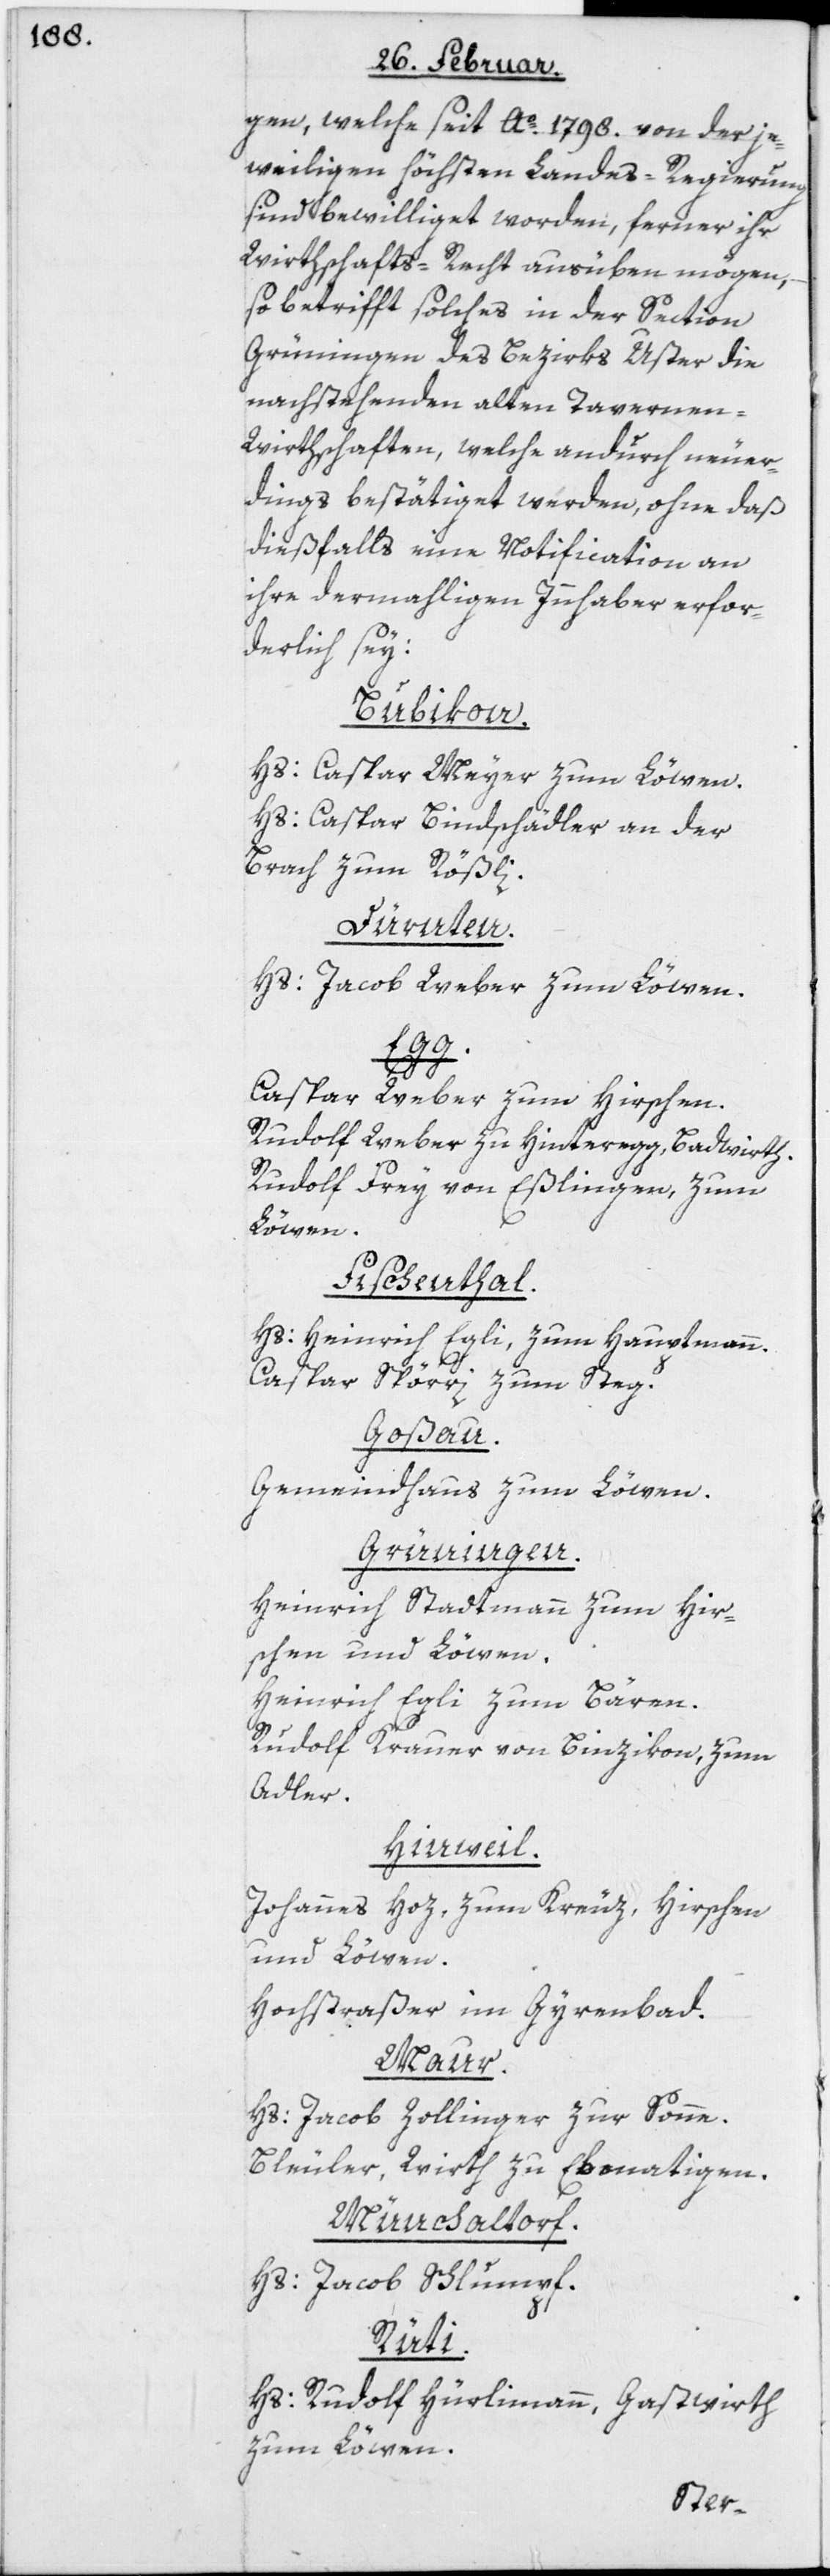
en, welche seit Ao. 1798. von der je¬
weiligen höchsten Landes-Regierung
sind bewilliget worden, ferner ihr
Wirthschafts-Recht ausüben mögen,
so betrifft solches in der Section
Grüningen des Bezirks Uster die
nachstehenden alten Taverne¬
n-Wirthschaften, welche andurch neuer¬
dings bestätiget werden, ohne daß
dießfalls eine Notification an
ihre dermahligen Innhaber erfor¬
derlich sey:
Bubikon.
Hs: Caspar Meyer zum Löwen.
Hs: Caspar Bindschädler an der
Brach zum Rößli.
Dürnten.
Hs: Jacob Weber zum Löwen.
Egg.
Caspar Weber zum Hirschen.
Rudolf Weber zu Hinteregg, Badwirth.
Rudolf Frey von Eßlingen, zum
Löwen.
Fischenthal.
Hs: Heinrich Egli, zum Hauptmann.
Caspar Spörri, zum Steg.
Goßau.
Gemeindhaus zum Löwen.
Grüningen.
Heinrich Stadtmann zum Hir¬
schen und Löwen.
Heinrich Egli zum Bären.
Rudolf Krauer von Binzikon, zum
Adler.
Hinweil.
Johannes Hoz, zum Kreuz, Hirschen
und Löwen.
Hochstraßer im Gyrenbad.
Maur.
Hs: Jacob Zollinger zur Sonne.
Bleuler, Wirth zu Ebmatingen.
Münchaltorf.
Hs: Jacob Schlumpf.
Rüti.
Hs: Rudolf Hürlimann, Gastwirth
zum Löwen.